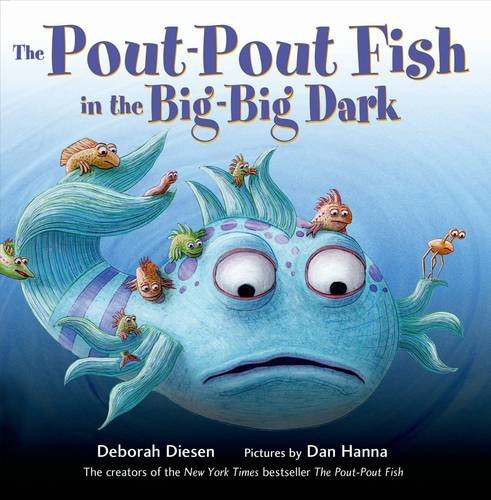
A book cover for The Pout-Pout Fish in the Big-Big Dark (A Pout-Pout Fish Adventure); Deborah Diesen; Children's Books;